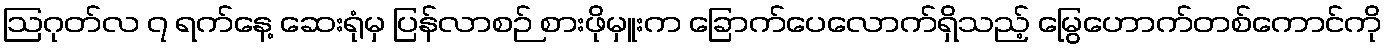
ဩဂုတ်လ ၇ ရက်နေ့ ဆေးရုံမှ ပြန်လာစဉ် စားဖိုမှူးက ခြောက်ပေလောက်ရှိသည့် မြွေဟောက်တစ်ကောင်ကို